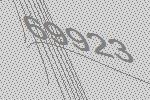
69923